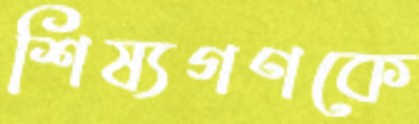
শিষ্যগণকে